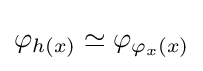
\varphi _{h(x)}\simeq \varphi _{\varphi _{x}(x)}